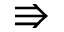
\Rrightarrow